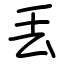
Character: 丢